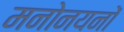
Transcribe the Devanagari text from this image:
मनोनयनों